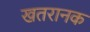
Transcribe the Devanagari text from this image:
खतरानक